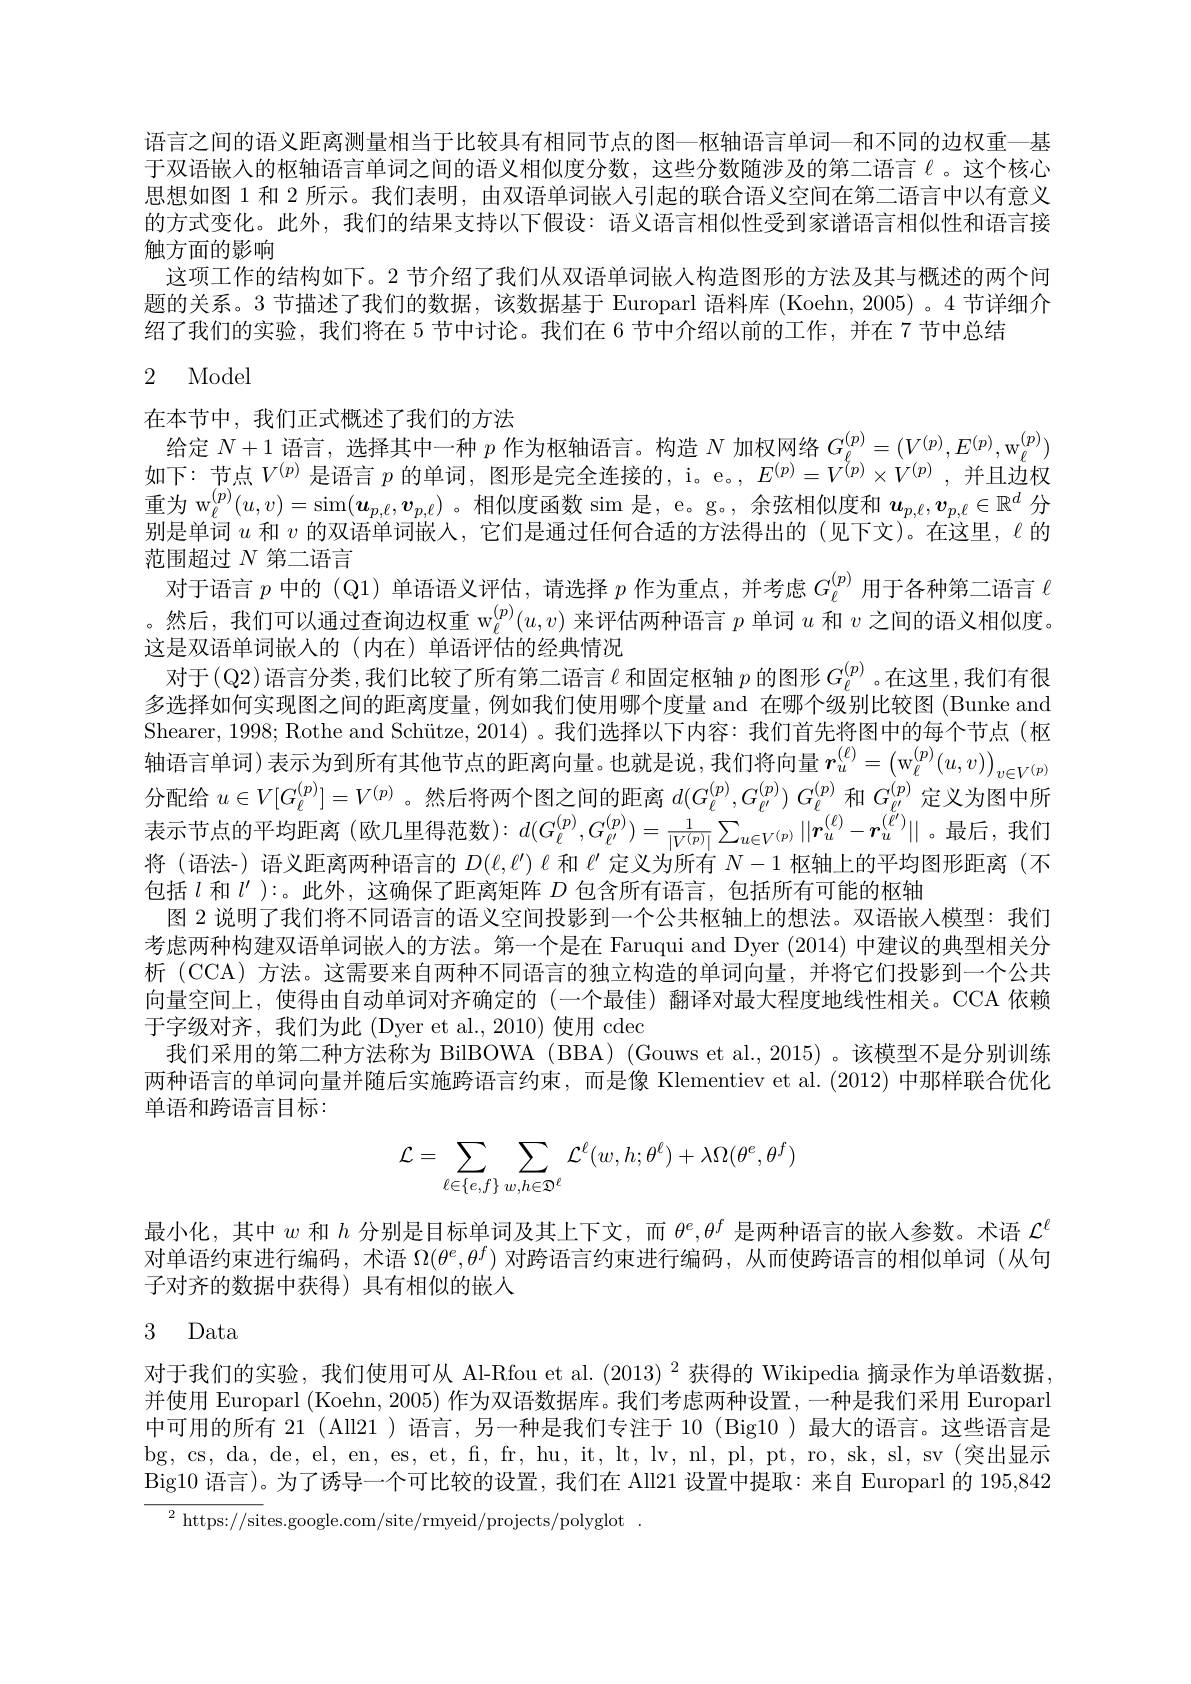
语言之间的语义距离测量相当于比较具有相同节点的图—枢轴语言单词—和不同的边权重—基于双语嵌入的枢轴语言单词之间的语义相似度分数，这些分数随涉及的第二语言《。这个核心思想如图 1 和 2 所示。我们表明，由双语单词嵌人引起的联合语义空间在第二语言中以有意义的方式变化。此外，我们的结果支持以下假设：语义语言相似性受到家谱语言相似性和语言接触方面的影响
这项工作的结构如下。2 节介绍了我们从双语单词嵌人构造图形的方法及其与概述的两个问题的关系。3 节描述了我们的数据，该数据基于 Europarl 语料库 (Koehn,2005) 。4 节详细介绍了我们的实验，我们将在 5 节中讨论。我们在 6 节中介绍以前的工作，并在 7 节中总结

# 2 Model

在本节中，我们正式概述了我们的方法
给定$N+1$语言，选择其中一种$p$作为枢轴语言。构造$N$加权网络$G_\ell^{(p)}=(V^{(p)},E^{(p)},\mathrm{w}_\ell^{(p)})$ 如下：节点$V^(p)$是语言$p$的单词，图形是完全连接的，i。e。, $E^(p)=V^{\breve{(}p)}\times V^{(p)}$,并且边权重为 w$_\ell^{(p)}(u,v)=\sin(\boldsymbol{u}_{p,\ell},\boldsymbol{v}_{p,\ell})$。相似度函数 sim 是，e。g。, 余弦相似度和$\boldsymbol{u}_p,\boldsymbol{v}_{p,\ell}\in\mathbb{R}^d$分别是单词$u$和$v$的双语单词嵌人，它们是通过任何合适的方法得出的(见下文)。在这里，$\ell$的范围超过$N$第二语言
对于语言$p$中的 (Q1) 单语语义评估，请选择$p$作为重点，并考虑$G_\ell^{(p)}$用于各种第二语言$\ell$ 。然后，我们可以通过查询边权重$\mathrm{w}_{\ell}^{(p)}(u,v)$来评估两种语言$p$单词$u$和$v$之间的语义相似度。这是双语单词嵌人的(内在)单语评估的经典情况
对于(Q2)语言分类，我们比较了所有第二语言$\ell$和固定枢轴$p$的图形$G_\ell^{(p)}$ 。在这里，我们有很多选择如何实现图之间的距离度量，例如我们使用哪个度量 and 在哪个级别比较图 (Bunke and Shearer, 1998; Rothe and Schütze, 2014)。我们选择以下内容：我们首先将图中的每个节点(枢轴语言单词)表示为到所有其他节点的距离向量。也就是说，我们将向量$\boldsymbol r_u^{(\ell)}=\left(\mathrm{w}_\ell^{(p)}(u,v)\right)_{v\in V^{(p)}}$ 分配给$u\in V[G_\ell^{(p)}]=V^{(p)}$ 。然后将两个图之间的距离$d( G_\ell ^{( p) }, G_{\ell ^{( p) }}^{( p) })$ $G_\ell ^{( p) }$和$G_\ell^{(p)}$定义为图中所表示节点的平均距离(欧几里得范数):$d(G_\ell^{(p)},G_{\ell^{\prime}}^{(p)})=\frac1{|V^{(p)}|}\sum_{u\in V^{(p)}}||\boldsymbol{r}_u^{(\ell)}-\boldsymbol{r}_u^{(\ell^{\prime})}||$。最后，我们将 (语法-) 语义距离两种语言的$D(\ell,\ell^{\prime\prime})\ell$和$\ell ^\prime$定 义 为 所 有 $N- 1$枢轴上的平均图形距离 (不包括$l$和$l^\prime):$。此外，这确保了距离矩阵$D$包含所有语言，包括所有可能的枢轴
图 2 说明了我们将不同语言的语义空间投影到一个公共枢轴上的想法。双语嵌人模型：我们考虑两种构建双语单词嵌人的方法。第一个是在 Faruqui and Dyer (2014) 中建议的典型相关分析 (CCA) 方法。这需要来自两种不同语言的独立构造的单词向量，并将它们投影到一个公共向量空间上，使得由自动单词对齐确定的(一个最佳)翻译对最大程度地线性相关。CCA 依赖于字级对齐，我们为此 (Dyer et al., 2010) 使用 cdec
我们采用的第二种方法称为 BilBOWA (BBA) (Gouws et al.,2015) 。该模型不是分别训练两种语言的单词向量并随后实施跨语言约束，而是像 Klementiev et al.(2012) 中那样联合优化单语和跨语言目标：
$$\begin{aligned}\mathcal{L}&=\sum_{\ell\in\{e,f\}}\sum_{w,h\in\mathfrak{D}^\ell}\mathcal{L}^\ell(w,h;\theta^\ell)+\lambda\Omega(\theta^e,\theta^f)\end{aligned}$$
最小化，其中$w$和$h$分别是目标单词及其上下文，而$\theta^e,\theta^f$是两种语言的嵌人参数。术语$\mathcal{L}^\ell$ 对单语约束进行编码，术语$\Omega(\theta^e,\theta^f)$对跨语言约束进行编码，从而使跨语言的相似单词(从句子对齐的数据中获得) 具有相似的嵌入

# 3 Data

对于我们的实验，我们使用可从 Al-Rfou et al. (2013) $^2$获得的 Wikipedia 摘录作为单语数据， 并使用 Europarl (Koehn, 2005) 作为双语数据库。我们考虑两种设置，一种是我们采用 Europarl 中可用的所有 21 (All21 )语言，另一种是我们专注于 10 (Big10 )最大的语言。这些语言是bg, cs, da, de, el, en, es, et, f, fr, hu, it, lt, lv, nl, pl, pt, ro, sk, sl, sv (突出显示Big10 语言)。为了诱导一个可比较的设置，我们在 All21 设置中提取：来自 Europarl 的 195,842 ${}^{2}{\mathrm{~https://sites.google.com/site/rmyeid/projects/polyglot}}$